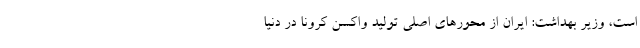
است، وزیر بهداشت: ایران از محور‌های اصلی تولید واکسن کرونا در دنیا